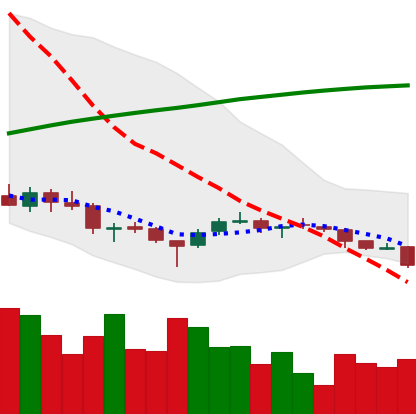
Ticker: DOGE-USD
Chart end date: 2018-03-29
Forward return: 5.412%
Label: up_5_7